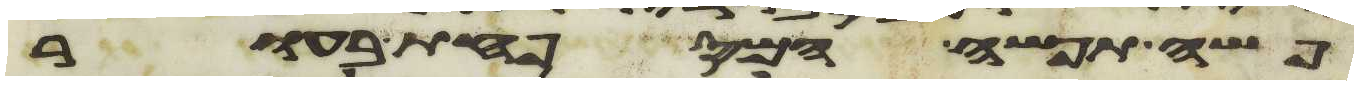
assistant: פשה תפשה המספחת בעור